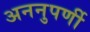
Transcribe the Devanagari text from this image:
अननुपर्णी